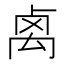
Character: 𥜽